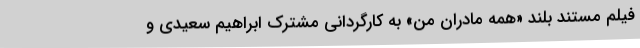
فيلم مستند بلند «همه مادران من» به کارگردانی مشترک ابراهیم سعیدی و